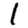
Digit: 1